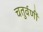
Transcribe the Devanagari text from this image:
चतुर्वर्णी